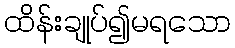
ထိန်းချုပ်၍မရသော